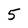
Character: 5